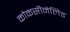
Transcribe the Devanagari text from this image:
कोकसीनेलिड